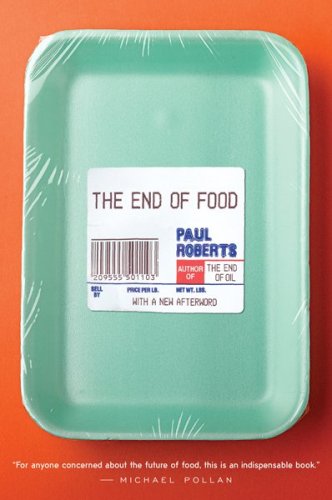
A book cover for The End of Food; Paul Roberts; Science & Math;